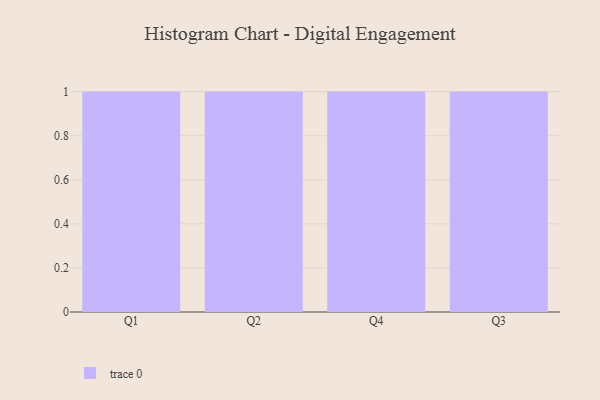
{"axis": {"x": "Quarter", "y": "Gross Profit (USD K)"}, "legend": [""], "data": [{"x": "Q1", "y": 83, "type": ""}, {"x": "Q2", "y": 70, "type": ""}, {"x": "Q4", "y": 92, "type": ""}, {"x": "Q3", "y": 35, "type": ""}]}